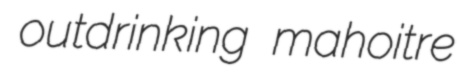
outdrinking mahoitre